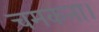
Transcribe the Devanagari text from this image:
चमकना।